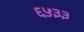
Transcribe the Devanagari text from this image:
६५३३